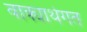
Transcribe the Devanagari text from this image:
वाक्यार्थगत